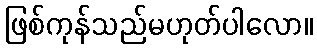
ဖြစ်ကုန်သည်မဟုတ်ပါလော။